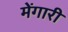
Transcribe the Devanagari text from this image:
मेंगारी